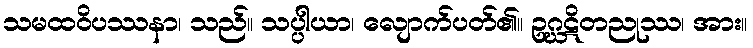
သမထဝိပဿနာ၊ သည်။ သပ္ပါယာ၊ လျောက်ပတ်၏။ ဥဂ္ဃဋိတညုဿ၊ အား။